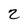
Character: 2